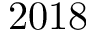
2 0 1 8